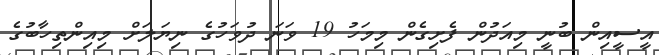
އީސީއިން ބުނީ މިއަދުން ފެށިގެން މިމަހު 19 ވަނަ ދުވަހުގެ ނިޔަލަށް މިއިންތިހާބުގެ